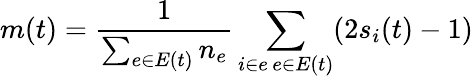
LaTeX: m(t)=\frac{1}{\sum_{e\in E(t)}n_{e}}\sum_{\substack{i\in e\, e\in E(t)}}(2s_{i}(t)-1)